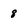
Character: 8